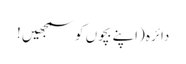
دائرہ (اپنے بچوں کو سمجھیں !